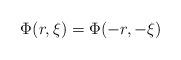
LaTeX: \begin{align*}\Phi(r,\xi)=\Phi(-r,-\xi)\end{align*}